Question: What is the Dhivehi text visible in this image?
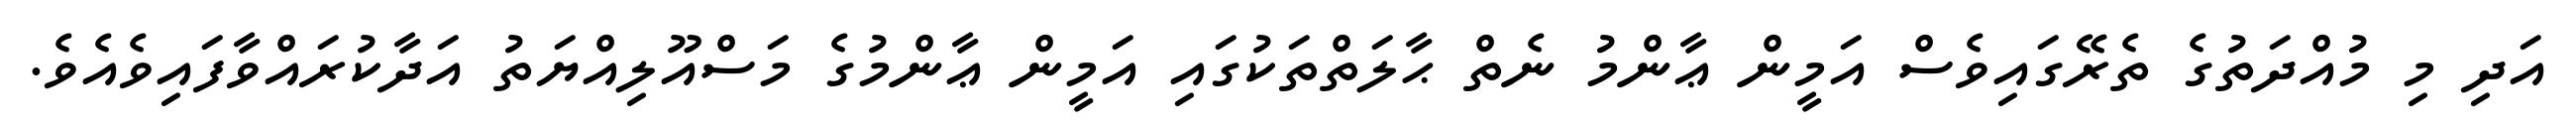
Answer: އަދި މި މުއްދަތުގެ ތެރޭގައިވެސް އަމީން ޢާންމު ނެތް ޙާލަތްތަކުގައި އަމީން ޢާންމުގެ މަސްއޫލިއްޔަތު އަދާކުރައްވާފައިވެއެވެ.